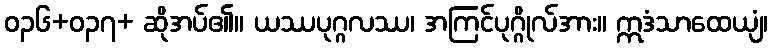
ဝ၃၆+၀၃၇+ ဆိုအပ်၏။ ယဿပုဂ္ဂလဿ၊ အကြင်ပုဂ္ဂိုလ်အား။ ဣဒံသာထေယျံ၊